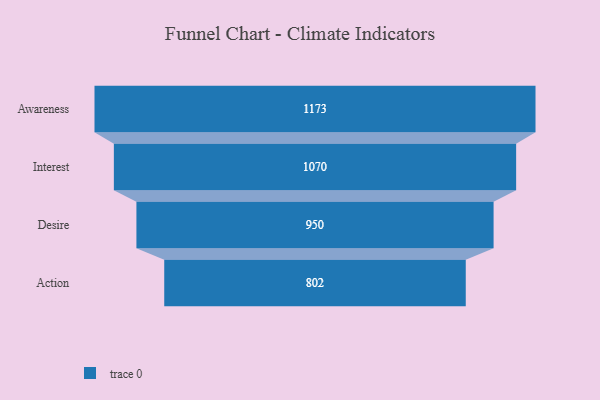
{"axis": {"x": "Stage", "y": "Value"}, "legend": [""], "data": [{"x": "Awareness", "y": 1173.0, "type": ""}, {"x": "Interest", "y": 1070.0, "type": ""}, {"x": "Desire", "y": 950.0, "type": ""}, {"x": "Action", "y": 802.0, "type": ""}]}